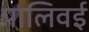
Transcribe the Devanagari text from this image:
पालिवई